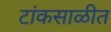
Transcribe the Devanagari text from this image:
टांकसाळीत